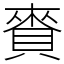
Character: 賚